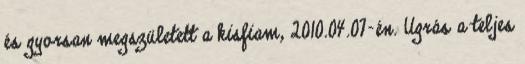
és gyorsan megszületett a kisfiam, 2010.04.07-én. Ugrás a teljes